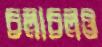
চলাচলও